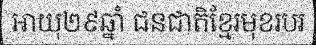
អាយុ២៩ឆ្នាំ ជនជាតិខ្មែរមុខរបរ